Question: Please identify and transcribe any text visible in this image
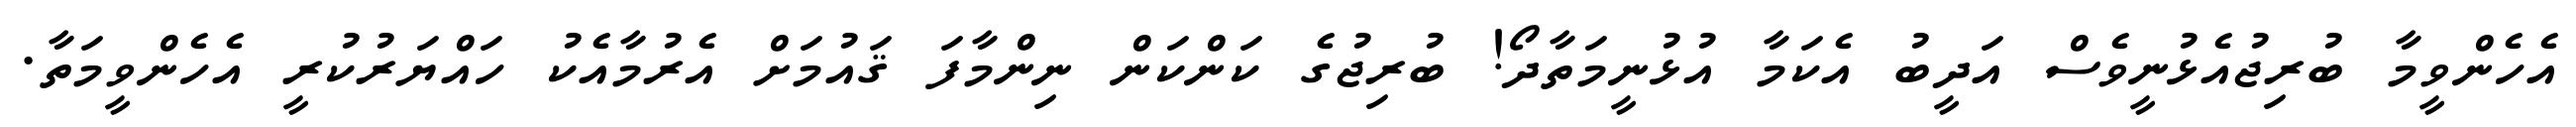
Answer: އެހެންވީމާ ބުރިޖުއެޅުނީވެސް އަދީބު އެކަމާ އުޅުނީމަތާދޯ! ބުރިޖުގެ ކަންކަން ނިންމާފަ ޤައުމަށް އެރުމާއެކު ހައްޔަރުކުރީ އެހެންވީމަތާ.